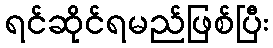
ရင်ဆိုင်ရမည်ဖြစ်ပြီး